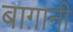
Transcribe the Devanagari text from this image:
बाग़ानी